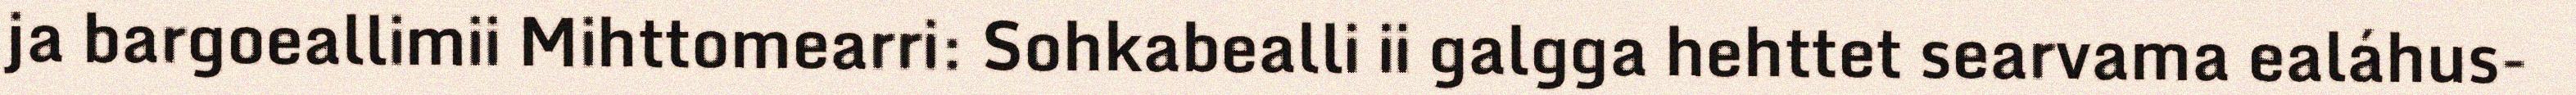
ja bargoeallimii Mihttomearri: Sohkabealli ii galgga hehttet searvama ealáhus-